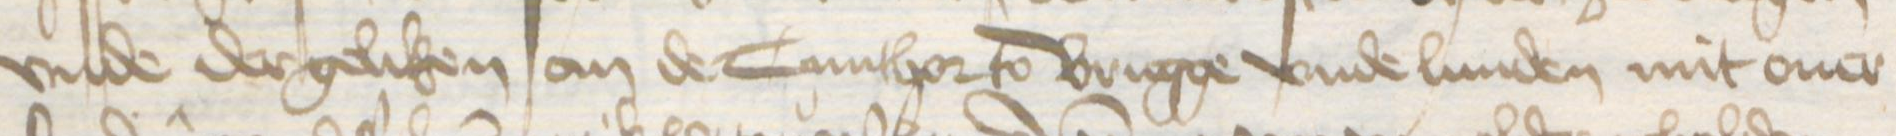
vnde dergeliken an de Cunthor to Brugge vnde Lunden mit ouer